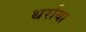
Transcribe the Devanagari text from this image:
थर्राया